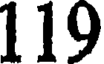
119